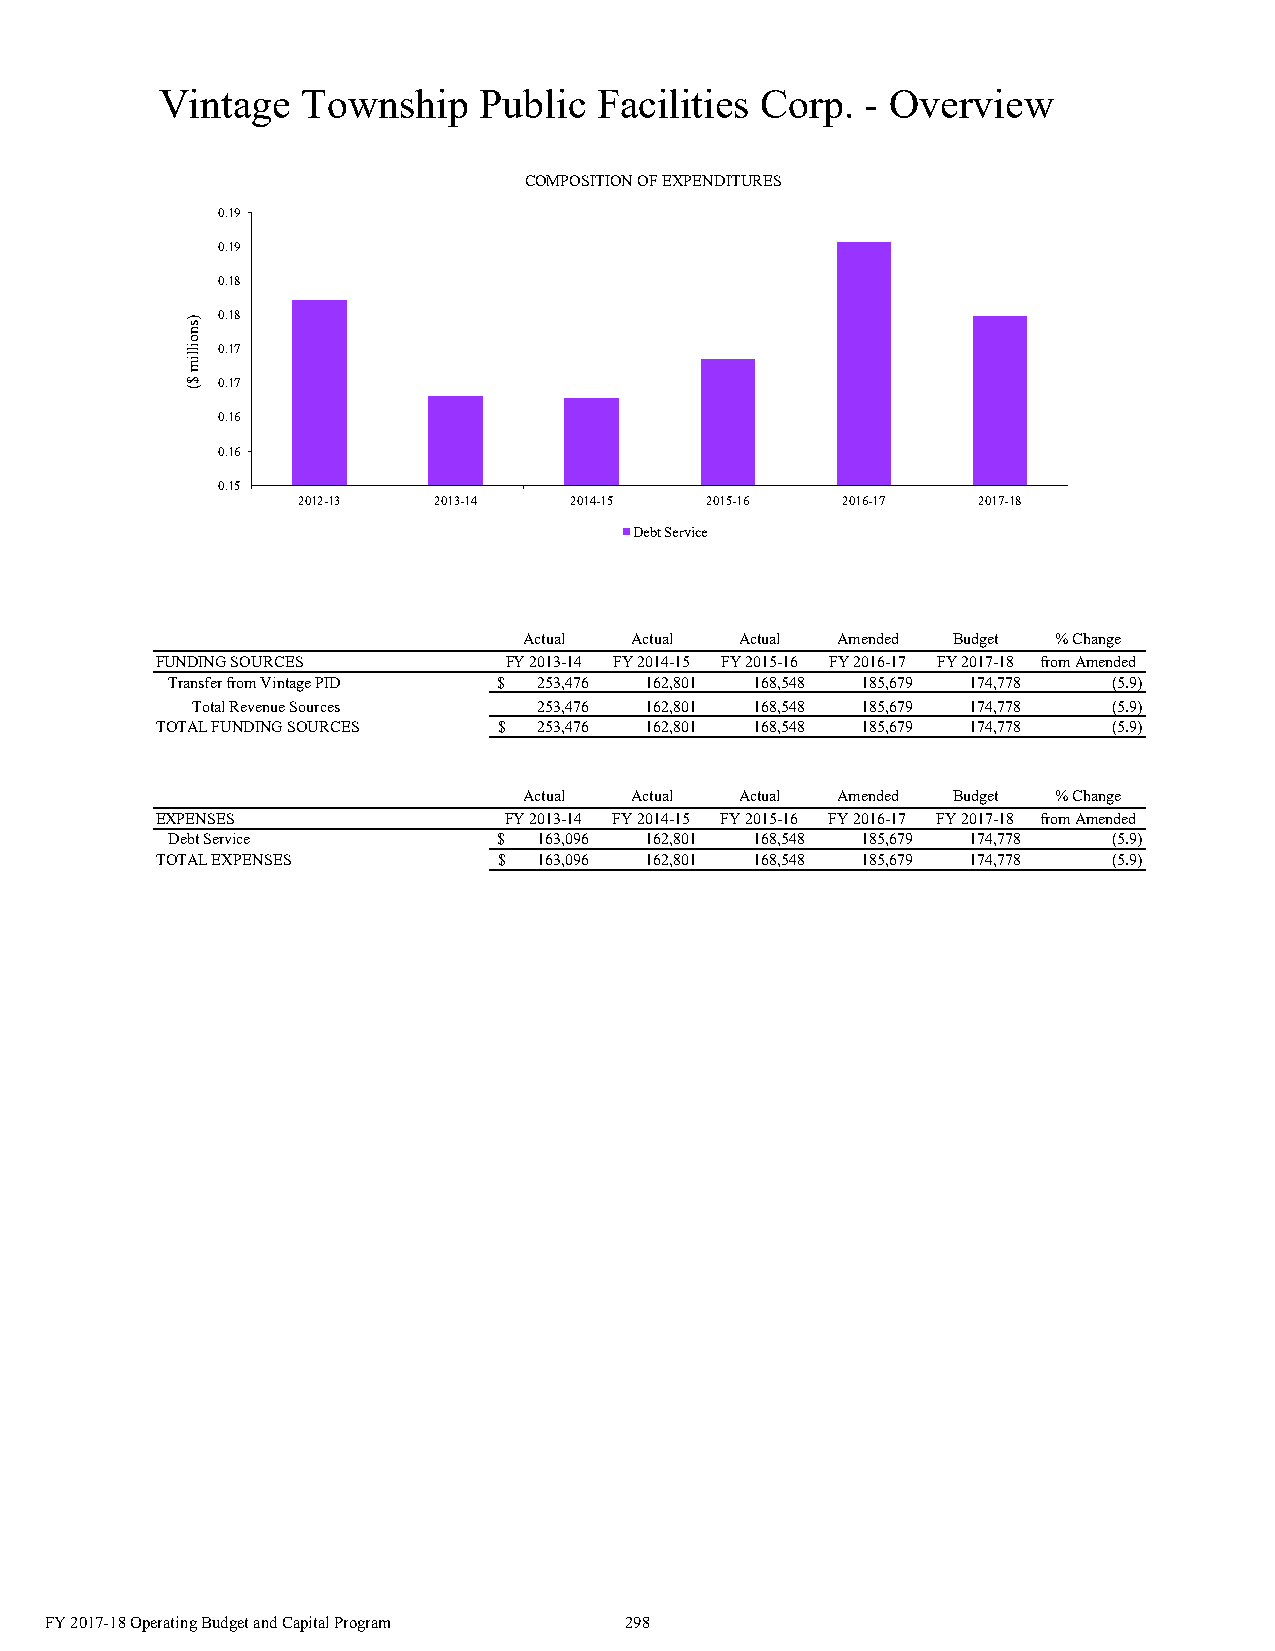
Vintage  Township    Public  Facilities Corp. - Overview
 COMPOSITION OF EXPENDITURES
 0.19
 0.19
 0.18
 0.18
 0.17
 0.17
 0.16
 0.16
 0.15
 2012-13  2013-14  2014-15  2015-16  2016-17  2017-18
 Debt Service
 Actual Actual Actual Amended Budget % Change
 FUNDING SOURCES        FY 2013-14 FY 2014-15 FY 2015-16 FY 2016-17 FY 2017-18 from Amended
 Transfer from Vintage PID $ 253,476 162,801 168,548 185,679 1 74,778 (5.9)
 Total Revenue Sources  253,476 162,801 168,548 185,679 1 74,778 (5.9)
 TOTAL FUNDING SOURCES  $  2 53,476 1 62,801 1 68,548 1 85,679 1 74,778 (5.9)
 Actual Actual Actual Amended Budget % Change
 EXPENSES               FY 2013-14 FY 2014-15 FY 2015-16 FY 2016-17 FY 2017-18 from Amended
 Debt Service          $  163,096 162,801 168,548 185,679 1 74,778 (5.9)
 TOTAL EXPENSES         $  1 63,096 162,801 168,548 185,679 1 74,778 (5.9)
 FY 2017-18 Operating Budget and Capital Program 298
 )snoillim
 $(